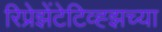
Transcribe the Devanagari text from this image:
रिप्रेझेंटेटिव्ह्झच्या